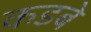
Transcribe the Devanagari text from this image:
कडबे